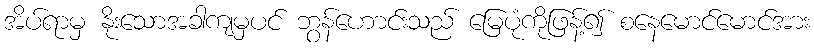
အိပ်ရာမှ နိုးသောအခါကျမှပင် ဘွန်ဟောင်းသည် မြေပုံကိုဖြန့်၍ စနေမောင်မောင်အား